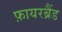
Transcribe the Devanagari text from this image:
फ़ायरब्रैंड